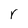
Character: r